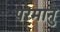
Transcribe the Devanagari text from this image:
परमानु